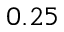
0 . 2 5